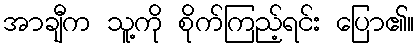
အာချီက သူ့ကို စိုက်ကြည့်ရင်း ပြော၏။